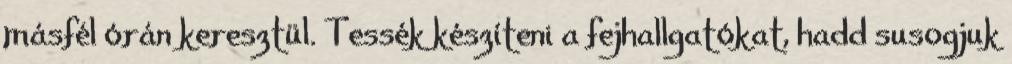
másfél órán keresztül. Tessék készíteni a fejhallgatókat, hadd susogjuk